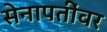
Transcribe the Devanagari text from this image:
सेनापतींवर